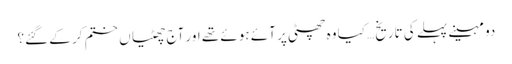
دو مہینے پہلے کی تاریخ… کیا وہ چھٹی پر آئے ہوئے تھے اور آج چھٹیاں ختم کر کے گئے؟